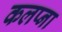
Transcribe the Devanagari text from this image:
कलप्ना